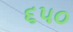
૬૫૦